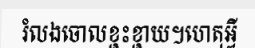
រំលងចោលខ្ជះខ្ជាយ។ហេតុអ្វី